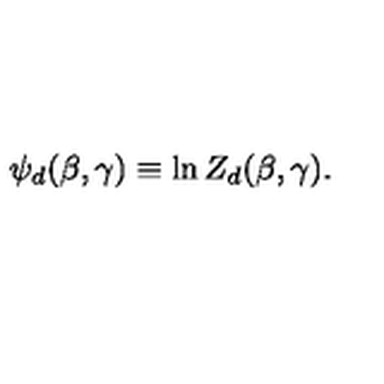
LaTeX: \psi _ { d } ( \beta , \gamma ) \equiv \ln Z _ { d } ( \beta , \gamma ) .